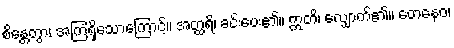
စိန္တေတွာ၊ အကြံရှိသောကြောင့်။ အတ္ထရိ၊ ခင်းပေး၏။ ဣတိ၊ လျှောက်၏။ တေနေဝ၊